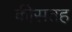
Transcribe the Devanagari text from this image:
कीसतह